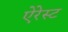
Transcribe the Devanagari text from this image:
ऐरेस्ट